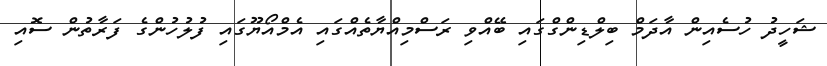
ޝަހީދު ހުސެއިން އާދަމް ބިލްޑިންގްގައި ބޭއްވި ރަސްމިއްޔާތެއްގައި އެމްއޯޔޫގައި ފުލުހުންގެ ފަރާތުން ސޮއި